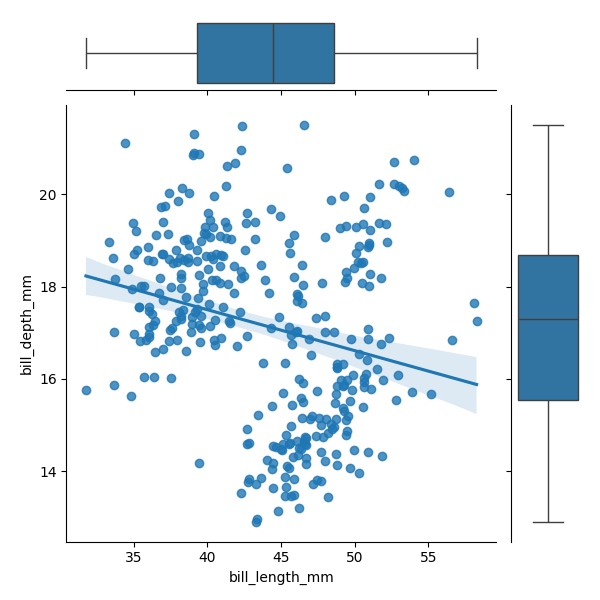
python, seaborn, JointGrid, regplot, boxplot